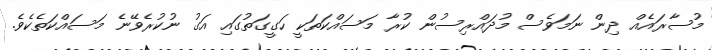
މުސާރައެއް ދިން ނަމަވެސް މުދައްރިސުން ކުރާ މަސައްކަތަކީ ހަގީގަތުގައި އަގު ނުކުރެވޭނެ މަސައްކަތެކެވެ.